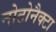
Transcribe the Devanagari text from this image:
नोटोनैक्टा